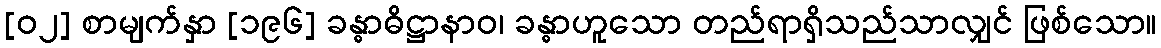
[၀၂] စာမျက်နှာ [၁၉၆] ခန္ဓာဓိဋ္ဌာနာဝ၊ ခန္ဓာဟူသော တည်ရာရှိသည်သာလျှင် ဖြစ်သော။